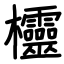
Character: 欞